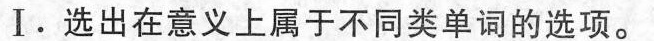
Ⅰ.选出在意义上属于不同类单词的选项.